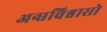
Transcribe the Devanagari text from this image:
अन्धविश्वासो